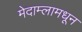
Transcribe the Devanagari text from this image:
मेदाम्लामधून